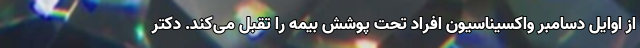
از اوایل دسامبر واکسیناسیون افراد تحت پوشش بیمه را تقبل می‌کند. دکتر